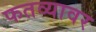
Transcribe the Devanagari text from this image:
फतव्यावर